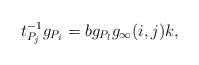
\begin{align*}t_{P_j}^{-1}g_{P_i}=bg_{P_l}g_{\infty}(i,j)k,\end{align*}